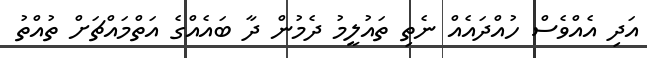
އަދި އެއްވެސް ހުއްދައެއް ނެތި ތައުލީމު ދެމުން ދާ ބައެއްގެ އަތްމައްޗަށް ތުއްތު